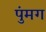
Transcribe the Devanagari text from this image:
पुंमग